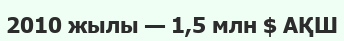
2010 жылы — 1,5 млн $ АҚШ